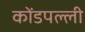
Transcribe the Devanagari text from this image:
कोंडपल्ली